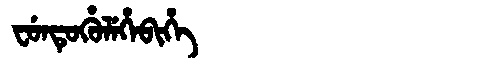
Manchu: ᠸᡠᠨᡨᡠᡥᡠᠯᡝᡥᡝᠪᡳᡥᡝ
Romanization: FUNTUHULEHEBIHE